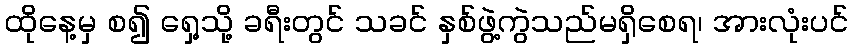
ထိုနေ့မှ စ၍ ရှေ့သို့ ခရီးတွင် သခင် နှစ်ဖွဲ့ကွဲသည်မရှိစေရ၊ အားလုံးပင်